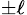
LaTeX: _{\pm\ell}